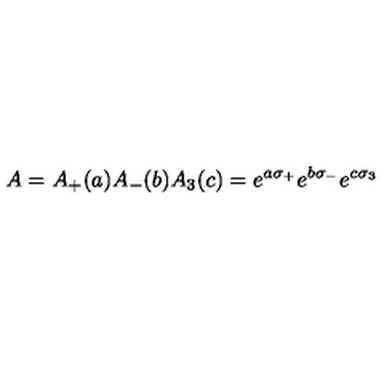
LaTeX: A = A _ { + } ( a ) A _ { - } ( b ) A _ { 3 } ( c ) = e ^ { a \sigma _ { + } } e ^ { b \sigma _ { - } } e ^ { c \sigma _ { 3 } }